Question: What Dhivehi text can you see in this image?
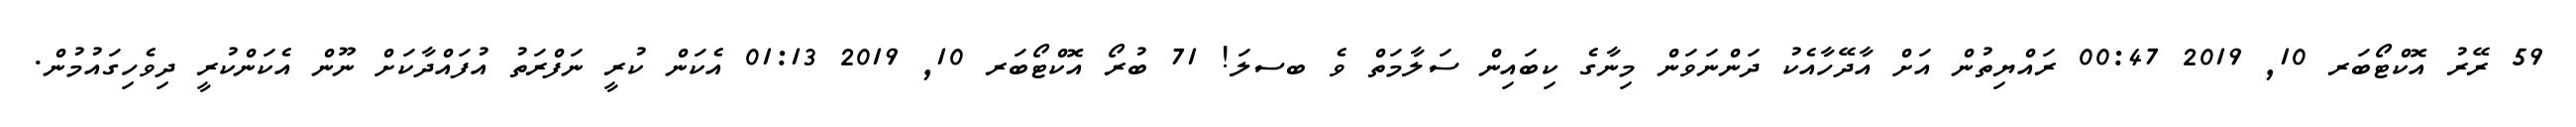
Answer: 59 ރޭރު އޮކްޓޯބަރ 10, 2019 00:47 ރައްޔިތުން އަށް އާދޭހާއެކު ދަންނަވަން މިނާގެ ކިބައިން ސަލާމަތް ވެ ބސލަ! 71 ބުރޯ އޮކްޓޯބަރ 10, 2019 01:13 އެކަން ކުރީ ނަފްރަތު އުފައްދާކަށް ނޫން އެކަންކުރީ ދިވެހިގައުމުން.